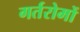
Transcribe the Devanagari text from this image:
गर्तरोमों